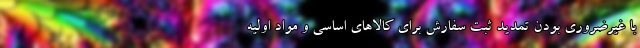
با غیرضروری بودن تمدید ثبت سفارش برای کالاهای اساسی و مواد اولیه